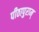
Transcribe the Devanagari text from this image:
पीठापुराम्‌